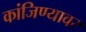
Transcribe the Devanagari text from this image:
कांजिण्यावर